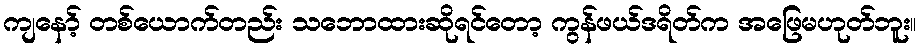
ကျနော့် တစ်ယောက်တည်း သဘောထားဆိုရင်တော့ ကွန်ဖယ်ဒရိတ်က အဖြေမဟုတ်ဘူး။